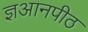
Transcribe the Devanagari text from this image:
ज्ञआनपीठ